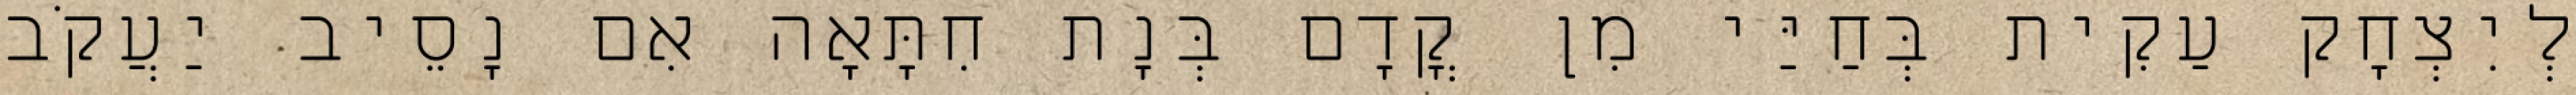
לְיִצְחָק עַקִית בְּחַיַּי מִן קֳדָם בְּנָת חִתָּאָה אִם נָסֵיב יַעֲקֹב